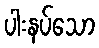
ပါးနပ်သော